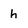
Character: h